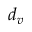
d _ { v }